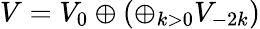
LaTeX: V=V_{0}\oplus\left(\oplus_{k>0}V_{-2k}\right)